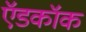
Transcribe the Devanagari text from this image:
ऍडकॉक